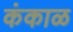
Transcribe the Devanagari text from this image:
कंकाळ